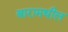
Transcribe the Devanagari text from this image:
बारामधील